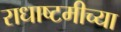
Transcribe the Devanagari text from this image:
राधाष्टमीच्या